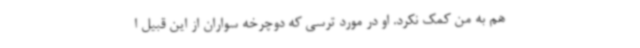
هم به من کمک نکرد. او در مورد ترسی که دوچرخه سواران از این قبیل ا